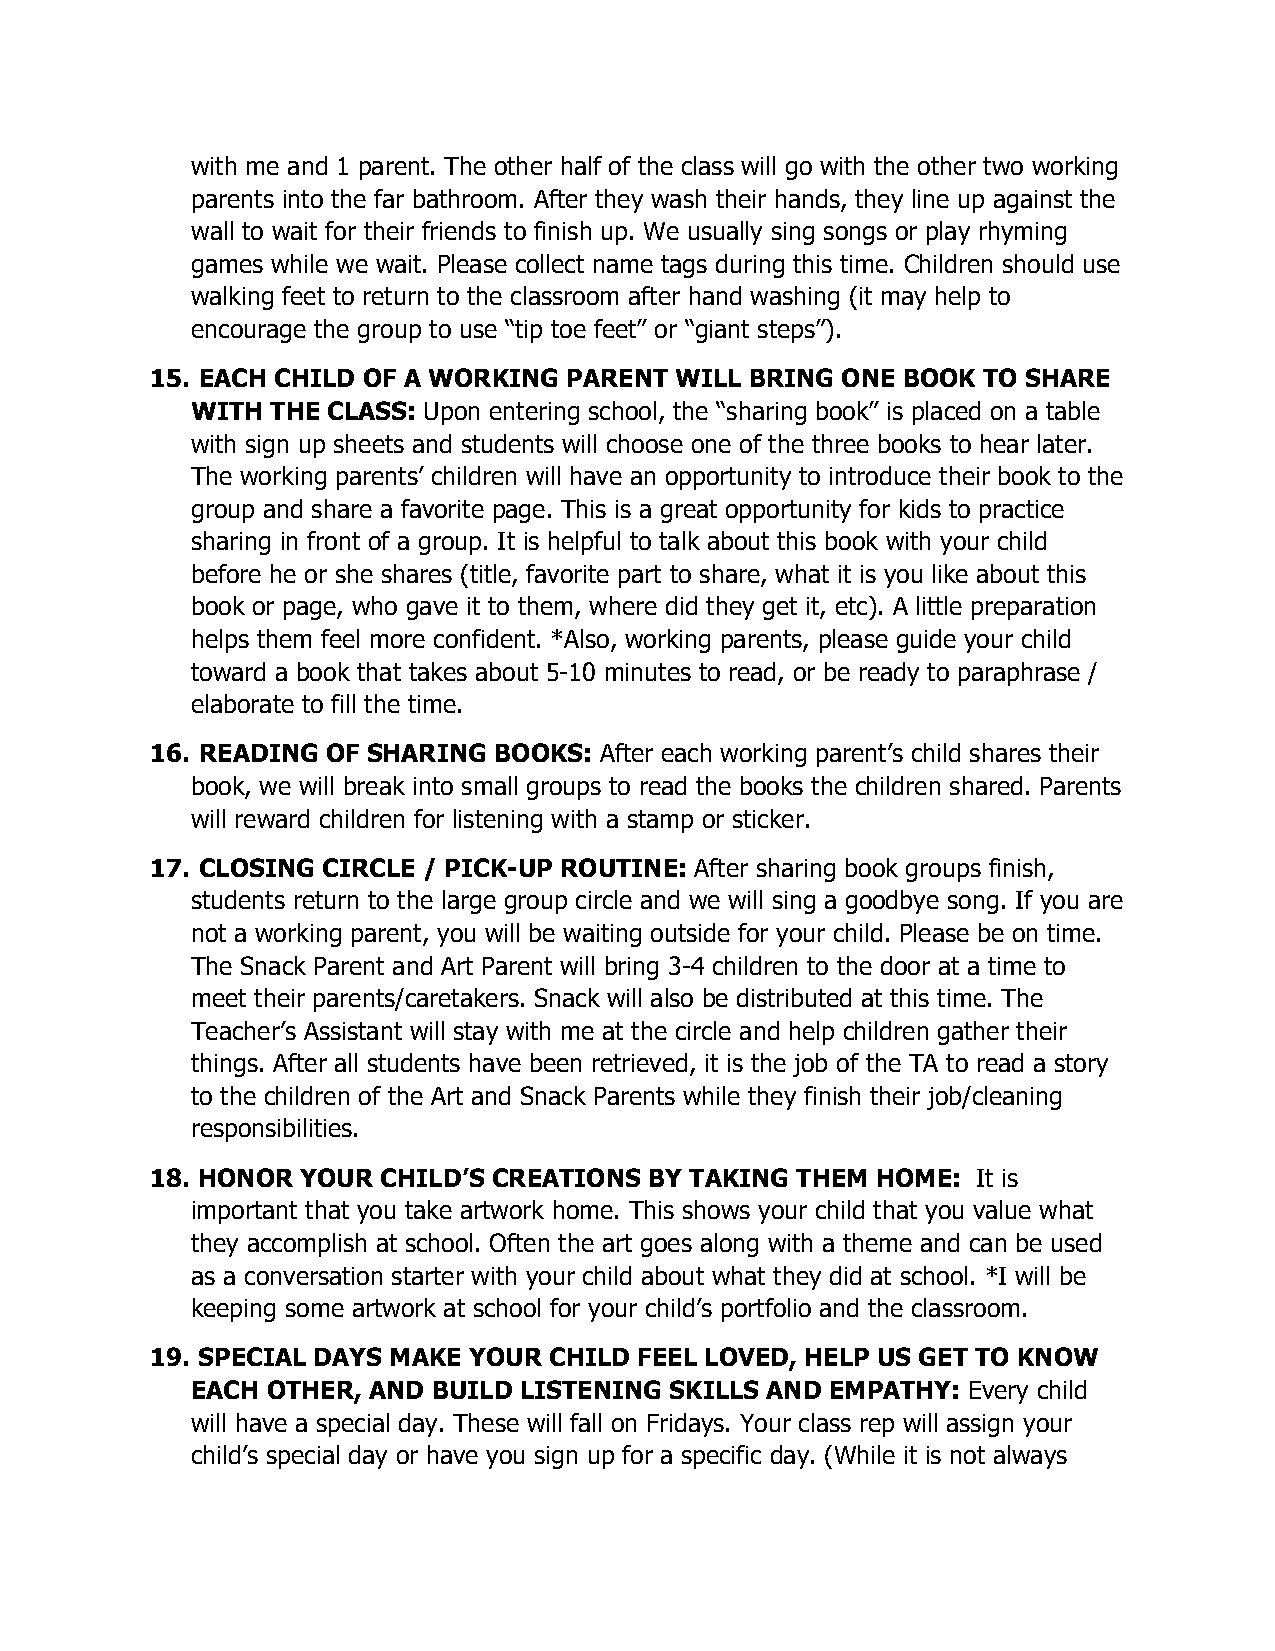
with me and 1 parent. The other half of the class will go with the other two working
 parents into the far bathroom. After they wash their hands, they line up against the
 wall to wait for their friends to finish up. We usually sing songs or play rhyming
 games while we wait. Please collect name tags during this time. Children should use
 walking feet to return to the classroom after hand washing (it may help to
 encourage the group to use “tip toe feet” or “giant steps”).
 15. EACH CHILD OF A WORKING PARENT WILL BRING ONE BOOK TO SHARE
 WITH THE CLASS: Upon entering school, the “sharing book” is placed on a table
 with sign up sheets and students will choose one of the three books to hear later.
 The working parents’ children will have an opportunity to introduce their book to the
 group and share a favorite page. This is a great opportunity for kids to practice
 sharing in front of a group. It is helpful to talk about this book with your child
 before he or she shares (title, favorite part to share, what it is you like about this
 book or page, who gave it to them, where did they get it, etc). A little preparation
 helps them feel more confident. *Also, working parents, please guide your child
 toward a book that takes about 5-10 minutes to read, or be ready to paraphrase /
 elaborate to fill the time.
 16. READING OF SHARING BOOKS: After each working parent’s child shares their
 book, we will break into small groups to read the books the children shared. Parents
 will reward children for listening with a stamp or sticker.
 17. CLOSING CIRCLE / PICK-UP ROUTINE: After sharing book groups finish,
 students return to the large group circle and we will sing a goodbye song. If you are
 not a working parent, you will be waiting outside for your child. Please be on time.
 The Snack Parent and Art Parent will bring 3-4 children to the door at a time to
 meet their parents/caretakers. Snack will also be distributed at this time. The
 Teacher’s Assistant will stay with me at the circle and help children gather their
 things. After all students have been retrieved, it is the job of the TA to read a story
 to the children of the Art and Snack Parents while they finish their job/cleaning
 responsibilities.
 18. HONOR YOUR CHILD’S CREATIONS BY TAKING THEM HOME:  It is
 important that you take artwork home. This shows your child that you value what
 they accomplish at school. Often the art goes along with a theme and can be used
 as a conversation starter with your child about what they did at school. *I will be
 keeping some artwork at school for your child’s portfolio and the classroom.
 19. SPECIAL DAYS MAKE YOUR CHILD FEEL LOVED, HELP US GET TO KNOW
 EACH OTHER, AND BUILD LISTENING SKILLS AND EMPATHY: Every child
 will have a special day. These will fall on Fridays. Your class rep will assign your
 child’s special day or have you sign up for a specific day. (While it is not always